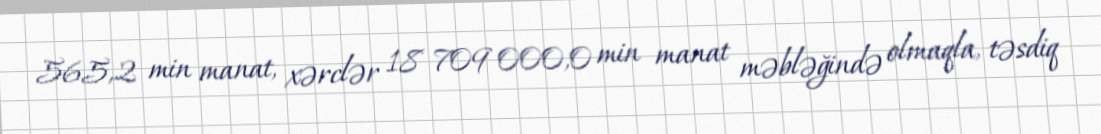
565,2 min manat, xərclər 18 709 000,0 min manat məbləğində olmaqla, təsdiq